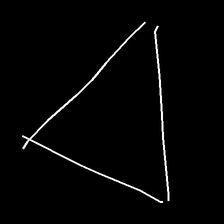
Glyph: convergence